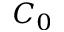
C _ { 0 }